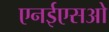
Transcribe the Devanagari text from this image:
एनईएसओ